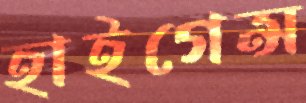
হাইগেন্স